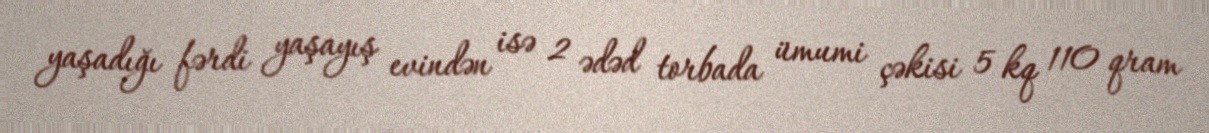
yaşadığı fərdi yaşayış evindən isə 2 ədəd torbada ümumi çəkisi 5 kq 110 qram